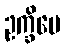
ဥက္ခိပေ